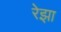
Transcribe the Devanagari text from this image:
रेझा